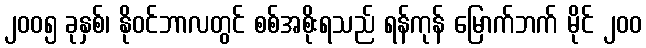
၂၀၀၅ ခုနှစ်၊ နိုဝင်ဘာလတွင် စစ်အစိုးရသည် ရန်ကုန် မြောက်ဘက် မိုင် ၂၀၀